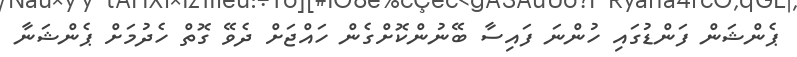
ޕެންޝަން ފަންޑުގައި ހުންނަ ފައިސާ ބޭނުންކޮށްގެން ހައްޖަށް ދެވޭ ގޮތް ހެދުމަށް ޕެންޝަނާ